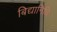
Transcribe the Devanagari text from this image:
बिद्यानिधि